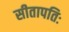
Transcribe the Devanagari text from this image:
सीतापतिः